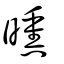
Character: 曛